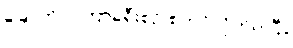
ခြောက်လကြာခရီးစဉ် စတင်လိုက်ပါပြီ။